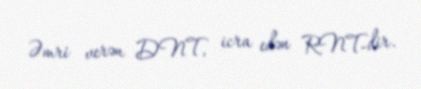
Əmri verən DNT, icra edən RNT-dir.